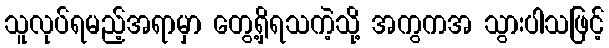
သူလုပ်ရမည့်အရာမှာ တွေ့ရှိရသကဲ့သို့ အကွကအ သွားပါသဖြင့်